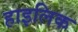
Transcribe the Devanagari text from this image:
हाइलिक